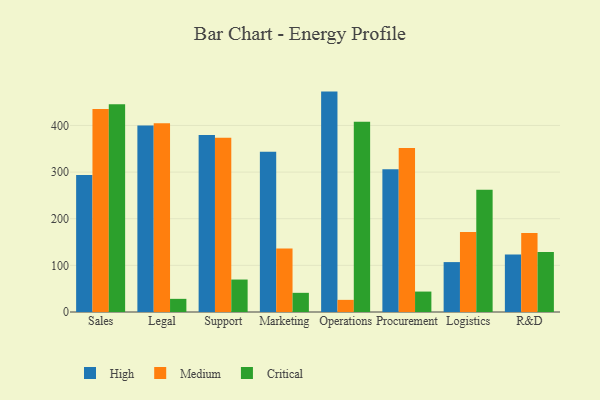
{"axis": {"x": "Department", "y": "Population (Million)"}, "legend": ["Critical", "High", "Medium"], "data": [{"x": "Sales", "y": 294.0, "type": "High"}, {"x": "Sales", "y": 435.5, "type": "Medium"}, {"x": "Sales", "y": 445.7, "type": "Critical"}, {"x": "Legal", "y": 400.0, "type": "High"}, {"x": "Legal", "y": 404.7, "type": "Medium"}, {"x": "Legal", "y": 28.2, "type": "Critical"}, {"x": "Support", "y": 379.7, "type": "High"}, {"x": "Support", "y": 373.4, "type": "Medium"}, {"x": "Support", "y": 69.6, "type": "Critical"}, {"x": "Marketing", "y": 343.7, "type": "High"}, {"x": "Marketing", "y": 136.2, "type": "Medium"}, {"x": "Marketing", "y": 41.1, "type": "Critical"}, {"x": "Operations", "y": 472.6, "type": "High"}, {"x": "Operations", "y": 26.0, "type": "Medium"}, {"x": "Operations", "y": 408.0, "type": "Critical"}, {"x": "Procurement", "y": 306.1, "type": "High"}, {"x": "Procurement", "y": 351.7, "type": "Medium"}, {"x": "Procurement", "y": 43.8, "type": "Critical"}, {"x": "Logistics", "y": 107.0, "type": "High"}, {"x": "Logistics", "y": 171.5, "type": "Medium"}, {"x": "Logistics", "y": 262.1, "type": "Critical"}, {"x": "R&D", "y": 123.4, "type": "High"}, {"x": "R&D", "y": 169.3, "type": "Medium"}, {"x": "R&D", "y": 128.5, "type": "Critical"}]}